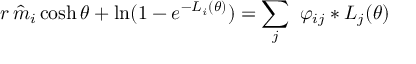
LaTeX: r \, \hat { m } _ { i } \cosh \theta + \ln ( 1 - e ^ { - L _ { i } ( \theta ) } ) = \sum _ { j } \, \, \varphi _ { i j } \ast L _ { j } ( \theta )